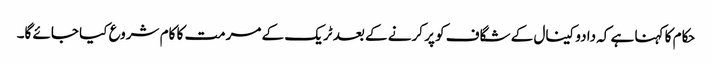
حکام کا کہنا ہے کہ دادو کینال کے شگاف کو پر کرنے کے بعد ٹریک کے مرمت کا کام شروع کیا جائے گا۔